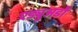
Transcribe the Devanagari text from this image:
एड्युअर्डो